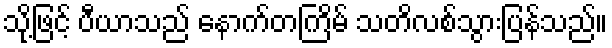
သို့ဖြင့် ပီယာသည် နောက်တကြိမ် သတိလစ်သွားပြန်သည်။